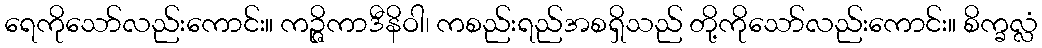
ရေကိုသော်လည်းကောင်း။ ကဉ္ဇိကာဒီနိဝါ၊ ကစည်းရည်အစရှိသည် တို့ကိုသော်လည်းကောင်း။ စိက္ခလ္လံ